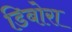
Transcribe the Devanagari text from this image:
डिबोरा